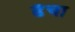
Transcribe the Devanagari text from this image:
ढैचा